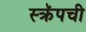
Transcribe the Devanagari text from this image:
स्क्रॅपची